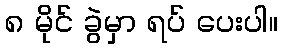
၈ မိုင် ခွဲမှာ ရပ် ပေးပါ။